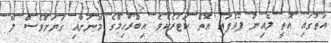
އަތުގައި އޮތީ ލެއިން ފޯވެފައި އޮތް ކަޓަރެކެވެ. އިބްރާހިމްގެ މޫނަށާއި ގަޔަށްވެސް ލޭ